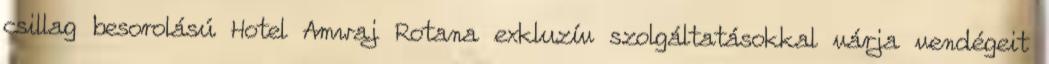
csillag besorolású Hotel Amwaj Rotana exkluzív szolgáltatásokkal várja vendégeit